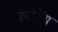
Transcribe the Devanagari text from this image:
लौटेंग